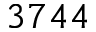
3 7 4 4